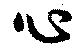
心